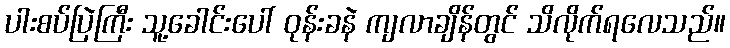
ပါးစပ်ပြဲကြီး သူ့ခေါင်းပေါ် ဝုန်းခနဲ ကျလာချိန်တွင် သိလိုက်ရလေသည်။